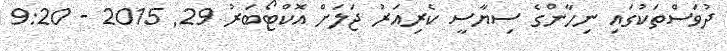
ދުވަސްތަކުގައި ނިހާންގެ ސިޔާސީ ކެރިއަރު ޖަލަށް އޮކްޓޯބަރު 29